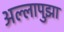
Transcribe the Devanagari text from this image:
अल्लापुझा